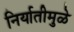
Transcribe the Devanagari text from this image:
निर्यातीमुळे